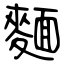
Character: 麵